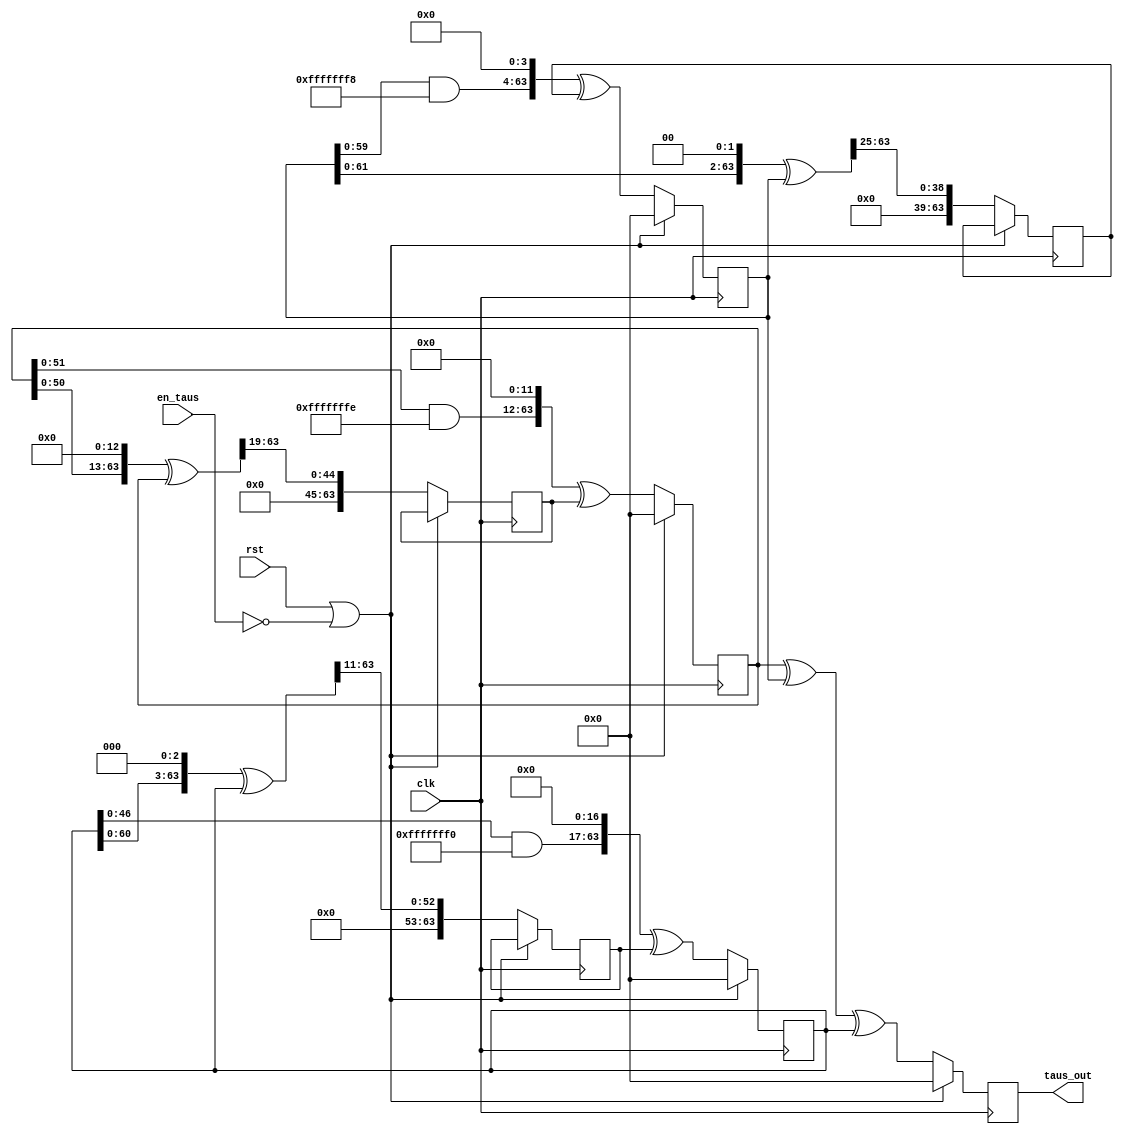
module taus_urng64#( // initial parameters for s1,s2,s3
					parameter s1_init = 64'd11357407135578037661,
					parameter s2_init = 64'd16405737874297512876,
					parameter s3_init = 64'd13098074952039773637
					)
					( clk,rst,		// I: Global IO (clock, reset)
					  en_taus,		// I: Module Enable signal
					  taus_out		// O: [63:0] Tausworthe Random number
					);
					
input clk,rst;				// I: Global IO (clock, reset)
input en_taus;              // I: Module Enable signal
output reg [63:0] taus_out; // O: [63:0] Tausworthe Random number

reg [63:0] s1,s2,s3; 		// 64-bit temporary registers
reg [63:0] b1,b2,b3;				// 64-bit temporary register
always@(posedge clk)
	if(rst | ~en_taus)
		begin
			s1<=s1_init;
			s2<=s2_init;
			s3<=s3_init;
			s1<=64'd0;
			s2<=64'd0;
			s3<=64'd0;
			taus_out<=64'd0;
		end
	else
		begin
			b1<=(((s1 <<13)^s1) >>19);
			s1<=(((s1 & 64'd4294967294) << 12)^ b1);
			b2<=(((s2 <<2)^s2) >>25);
			s2<=(((s2 & 64'd4294967288) << 4)^ b2);
			b3<=(((s3 <<3)^s3) >>11);
			s3<=(((s3 & 64'd4294967280) << 17)^ b3);
			taus_out<=s1^s2^s3;
		end

endmodule